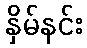
နှိမ်နင်း